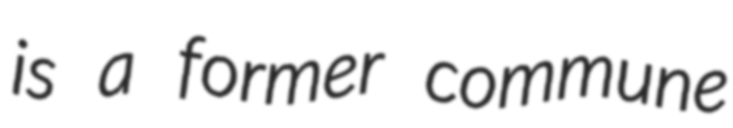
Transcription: is a former commune